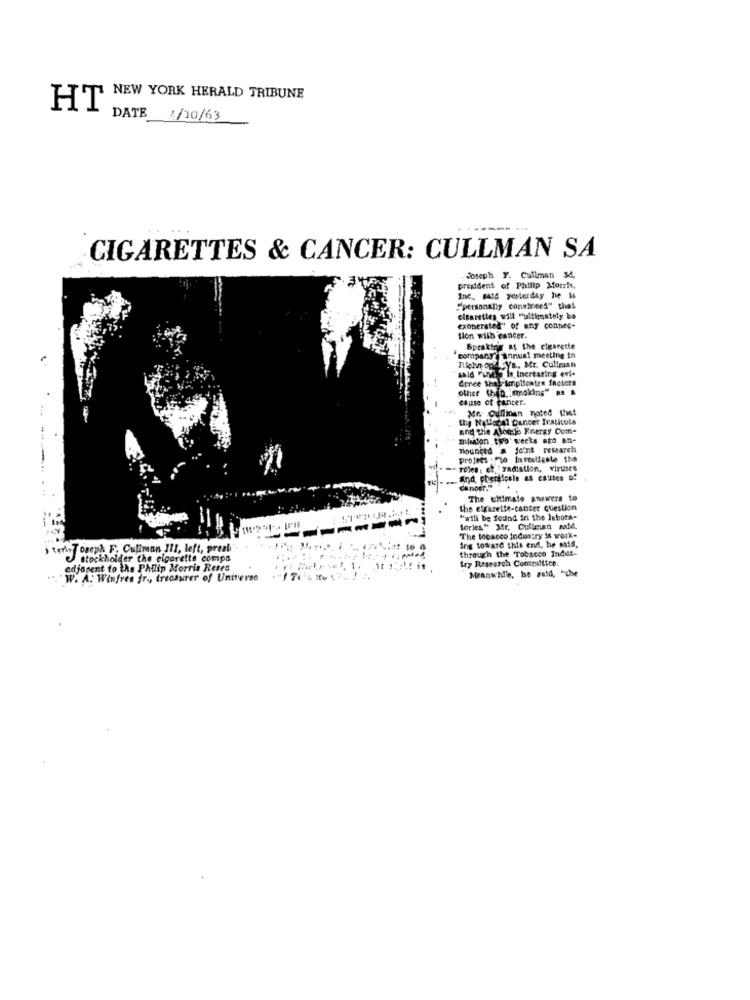
NEW YORK HERALD TRIBUNE
HT
DATE 1/10/63
CIGARETTES & CANCER: CULLMAN SA
. Joseph F. Cullman 34,
president of Philip Morris,
Inc. said yesterday he is
"personally convinced" that
cigarettes will "ultimately be
exonerated" of any connec-
tion with cancer.
Speaking at the cigarette
company ( annual meeting in
said Pund In, Increasing evi.
Richn opid.sys, Mr. Cullman
Cence that Amplicaten factors
other than. : smoking" a .
cause of cancer.
Mr Cullman noted that
the National Cancer Iratitole
and the Alogie Energy Com-
mission _two weeks ato en-
Tounced . Joint research
projets - Flo Investigate the
roles: cf :radiation, viruses
And pheridosle as causes of
The ultimate answers to
the elgarette-cancer Question
---------
"will be found in the labora-
forles" Mr. Cullman Mld.
The tobacco Industry in work-
Ing toward this end, he said,
i terisToseph F. Culiman 111, left, preahi".
through the Tobacco Indus-
stockholder the cigarette compa
try Research Committee.
adjacent to the Philip Morris Reses
... "W. A. Winfree jr ., treasurer of Universe
Meanwhile, he said, "che